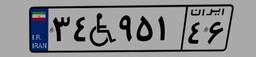
۳۴W۹۵۱۴۶